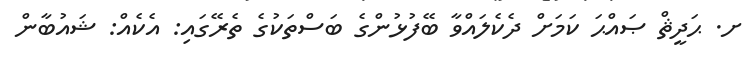
ށ. ޙަދީޘް ޞައްޙަ ކަމަށް ދެކެލައްވާ ބޭފުޅުންގެ ބަސްތަކުގެ ތެރޭގައި: އެކެއް: ޝައުބާން